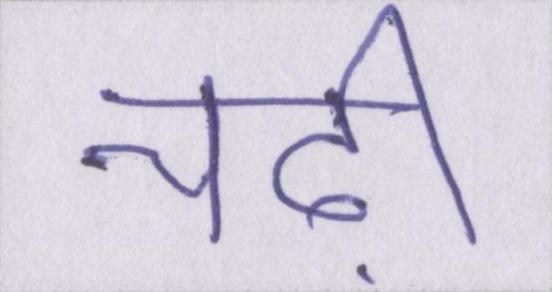
चढ़ी